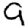
Digit: 9